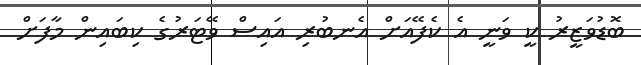
ބޮޑުވަޒީރު ކީ ވަނީ އެ ކެފޭއަށް އެނބުރި އައިސް ވޭޓަރުގެ ކިބައިން މާފަށް